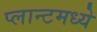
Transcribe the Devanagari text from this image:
प्लान्टमध्ये